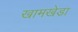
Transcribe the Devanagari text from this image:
खामखेडा